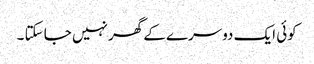
کوئی ایک دوسرے کے گھر نہیں جا سکتا ۔